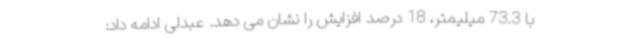
با 73.3 میلیمتر، 18 درصد افزایش را نشان می دهد. عبدلی ادامه داد: